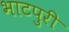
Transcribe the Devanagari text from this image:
भाटपुरी